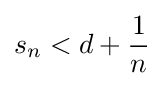
s_{n}<d+{\frac {1}{n}}